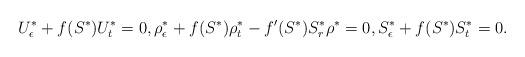
LaTeX: \begin{align*}U^*_\epsilon +f(S^*) U^*_t = 0, \rho^*_\epsilon +f(S^*) \rho^*_t -f'(S^*) S^*_r\rho^* = 0, S^*_\epsilon +f(S^*) S^*_t = 0 . \end{align*}